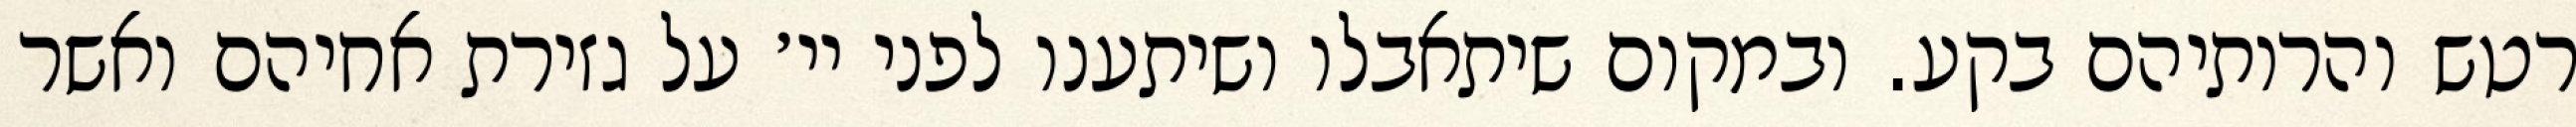
רטש והרותיהם בקע. ובמקום שיתאבלו ושיתענו לפני יי׳ על גזירת אחיהם ואשר